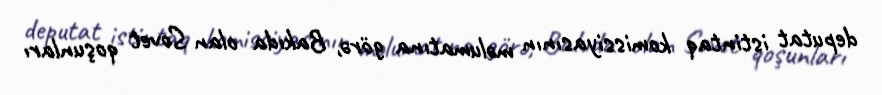
deputat istintaq komissiyasının məlumatına görə, Bakıda olan Sovet qoşunları